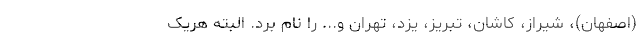
(اصفهان)، شیراز، کاشان، تبریز، یزد، تهران و... را نام برد. البته هریک